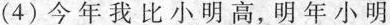
(4)今年我比小明高，明年小明